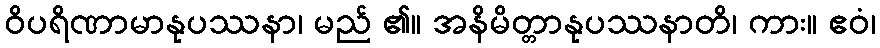
ဝိပရိဏာမာနုပဿနာ၊ မည် ၏။ အနိမိတ္တာနုပဿနာတိ၊ ကား။ ဧဝံ၊